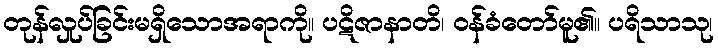
တုန်လှုပ်ခြင်းမရှိသောအရာကို။ ပဋိဇာနာတိ၊ ဝန်ခံတော်မူ၏။ ပရိသာသု၊